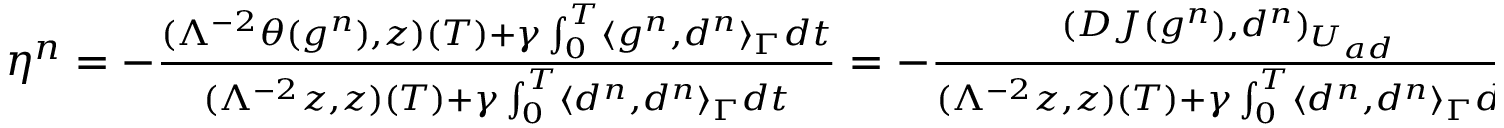
\begin{array} { r } { \eta ^ { n } = - \frac { ( \Lambda ^ { - 2 } \theta ( g ^ { n } ) , z ) ( T ) + \gamma \int _ { 0 } ^ { T } \langle g ^ { n } , d ^ { n } \rangle _ { \Gamma } d t } { ( \Lambda ^ { - 2 } z , z ) ( T ) + \gamma \int _ { 0 } ^ { T } \langle d ^ { n } , d ^ { n } \rangle _ { \Gamma } d t } = - \frac { ( D J ( g ^ { n } ) , d ^ { n } ) _ { U _ { a d } } } { ( \Lambda ^ { - 2 } z , z ) ( T ) + \gamma \int _ { 0 } ^ { T } \langle d ^ { n } , d ^ { n } \rangle _ { \Gamma } d t } . } \end{array}